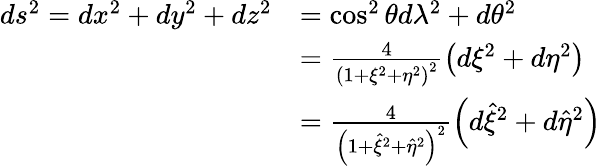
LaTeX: \begin{array}{rl}{ds^{2}=dx^{2}+dy^{2}+dz^{2}}&{=\cos^{2}\theta d\lambda^{2}+d\theta^{2}}\\ &{=\frac{4}{\left(1+\xi^{2}+\eta^{2}\right)^{2}}\left(d\xi^{2}+d\eta^{2}\right)}\\ &{=\frac{4}{\left(1+\hat{\xi}^{2}+\hat{\eta}^{2}\right)^{2}}\left(d\hat{\xi}^{2}+d\hat{\eta}^{2}\right)}\end{array}